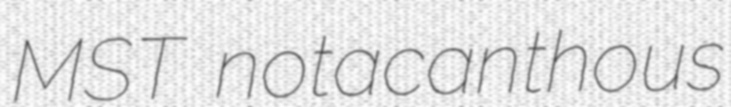
MST notacanthous